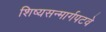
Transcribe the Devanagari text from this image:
शिष्यसन्मार्गपटवे